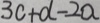
3 c + d - 2 a